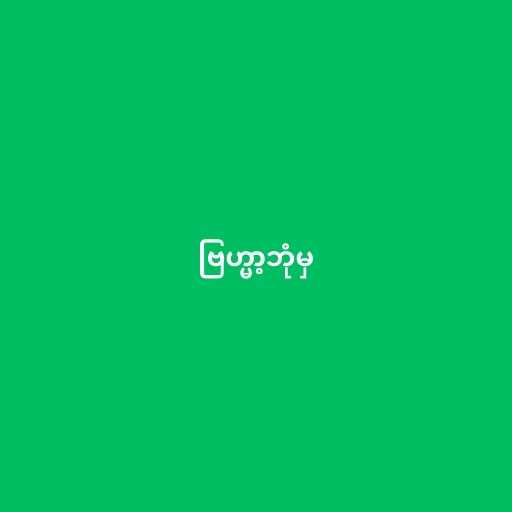
ဗြဟ္မာ့ဘုံမှ